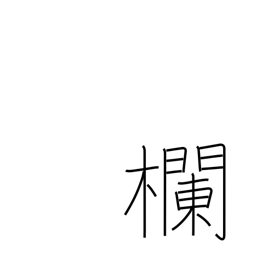
Meaning: blank